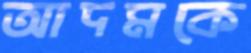
আদমকে